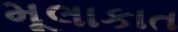
મૂલાકાત